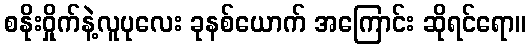
စနိုးဝှိုက်နဲ့လူပုလေး ခုနစ်ယောက် အကြောင်း ဆိုရင်ရော။